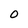
Character: 0